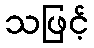
သဖြင့်